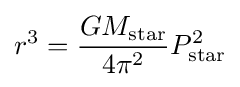
r^{3}={\frac {GM_{\mathrm {star} }}{4\pi ^{2}}}P_{\mathrm {star} }^{2}